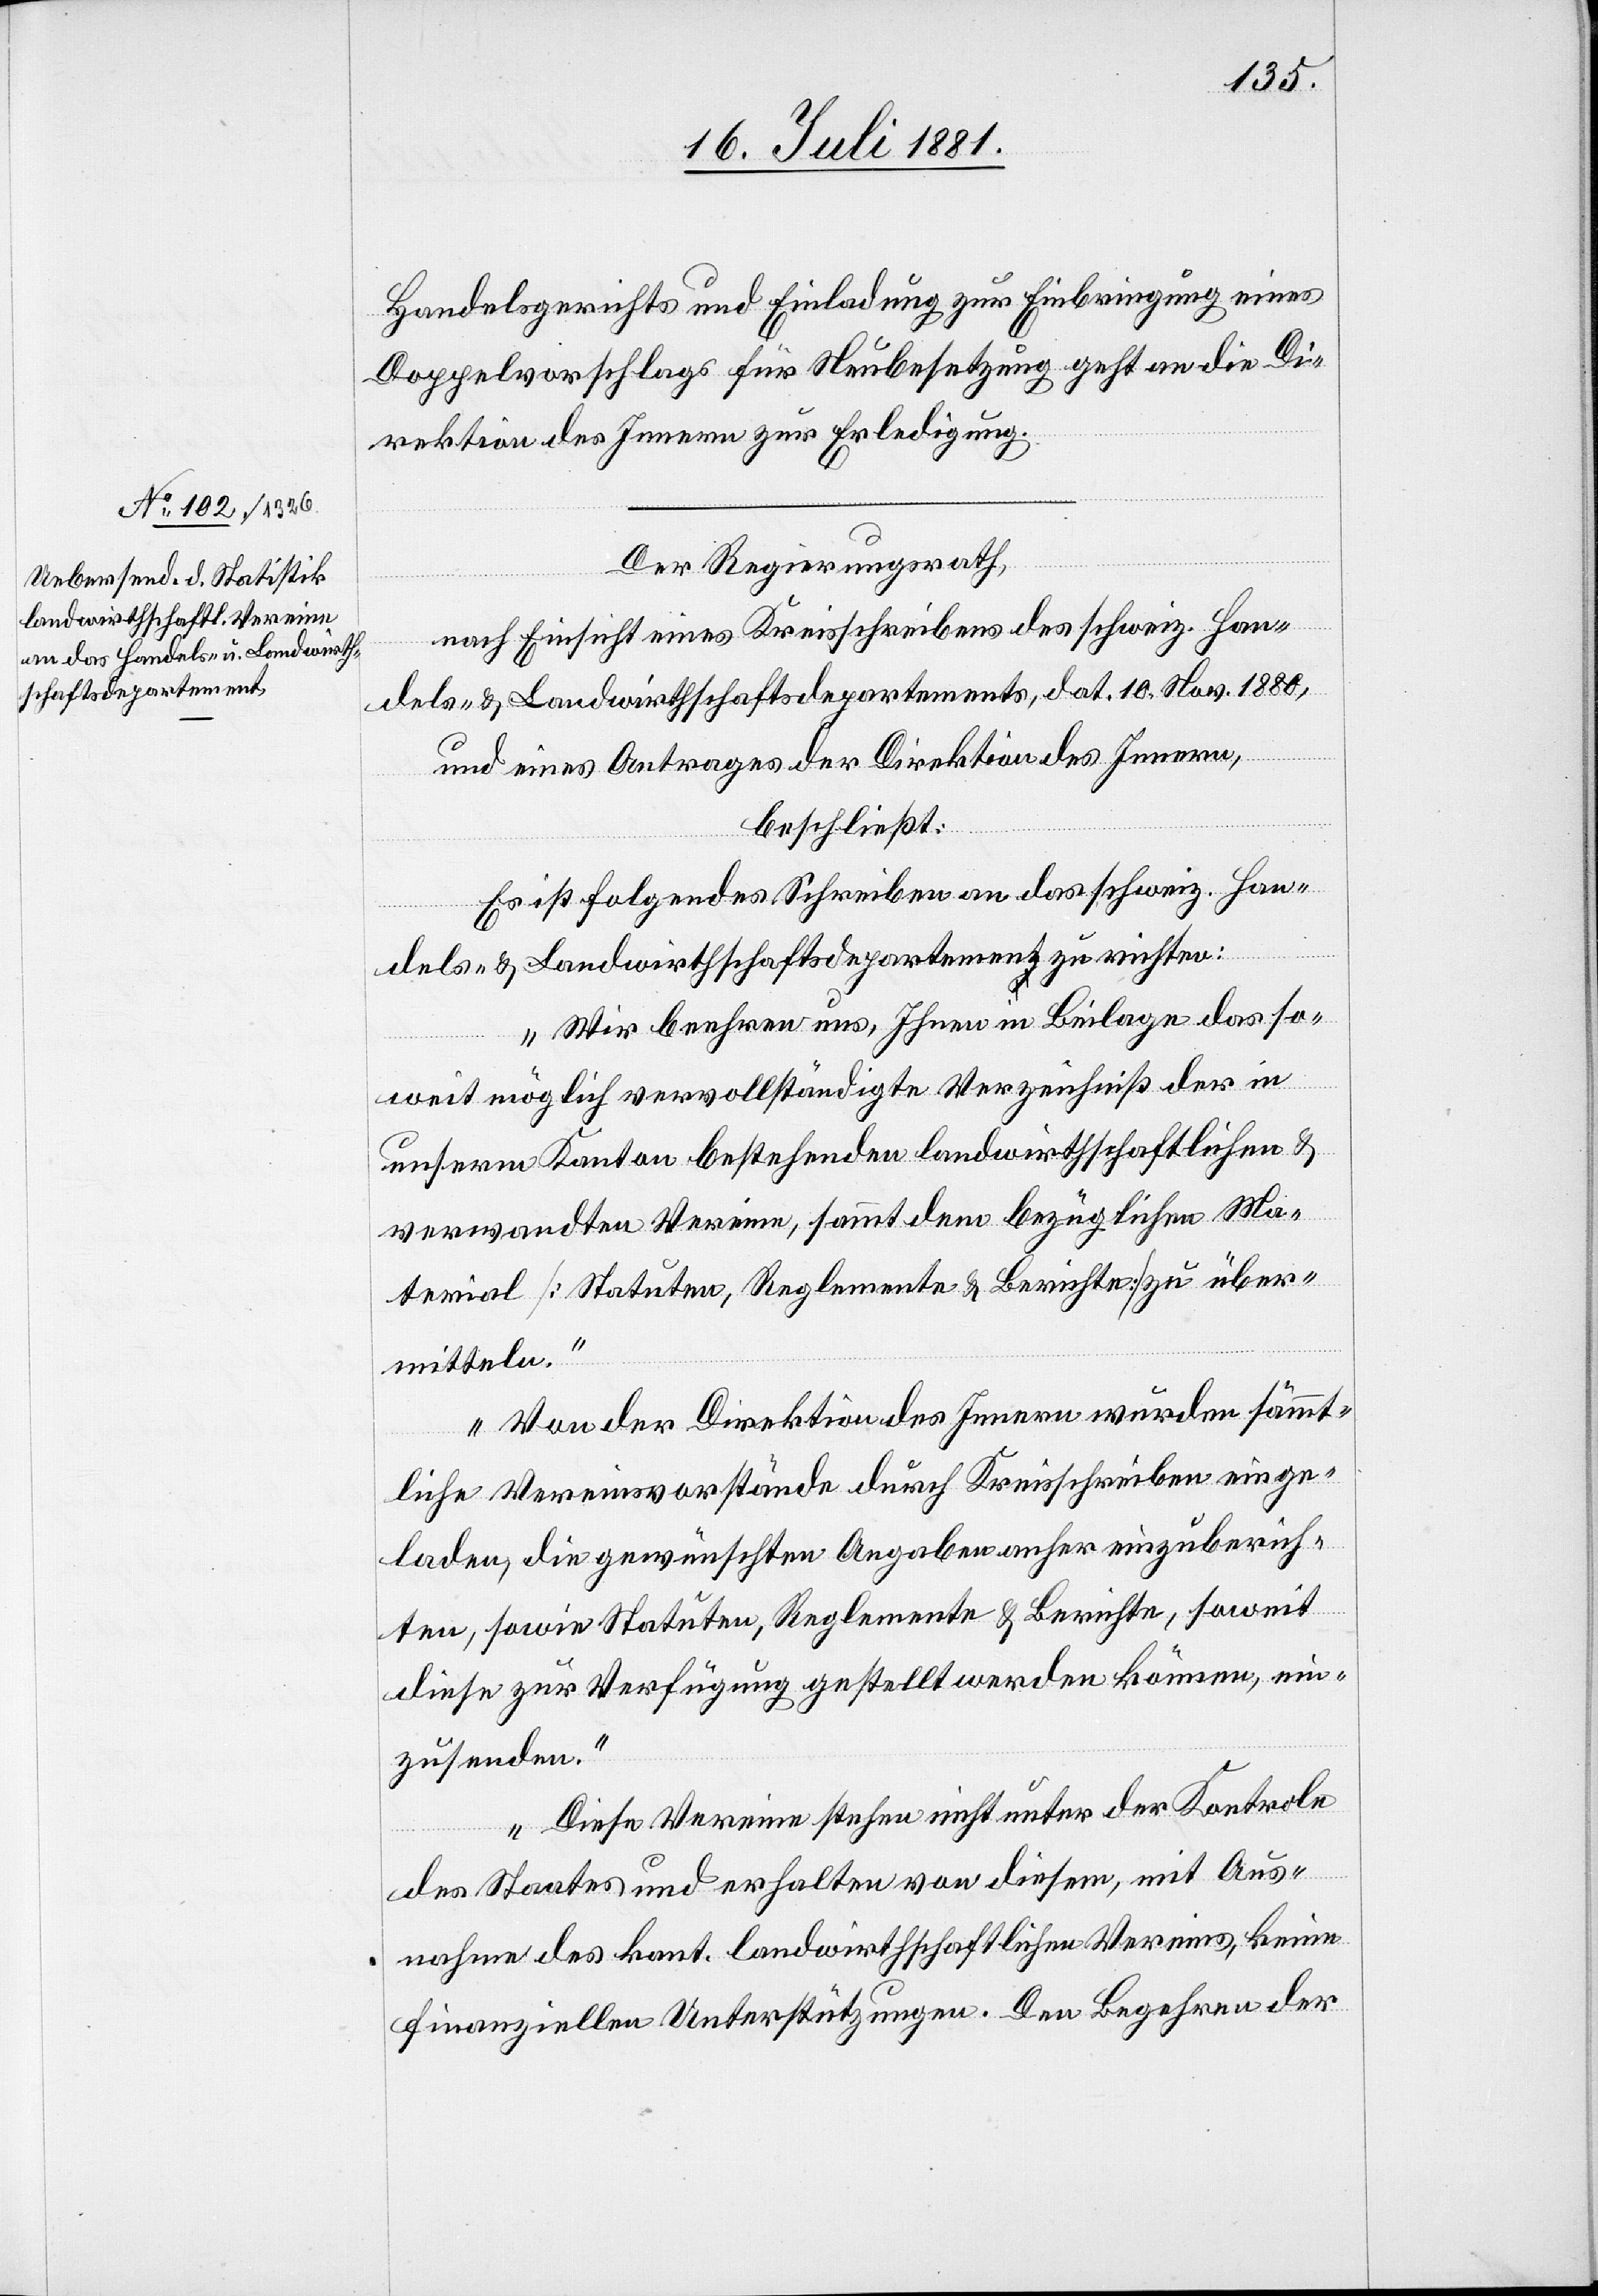
Handelsgerichtes und Einladung zur Einbringung eines
Doppelvorschlags für Neubesetzung geht an die Di¬
rektion des Innern zur Erledigung.
Der Regierungsrath,
nach Einsicht eines Kreisschreibens des schweiz. Han¬
dels- & Landwirtschaftsdepartements, dat. 10. Nov. 1880,
und eines Antrages der Direktion des Innern,
beschließt:
Es ist folgendes Schreiben an das schweiz. Han¬
dels- & Landwirtschaftsdepartement zu richten:
„Wir beehren uns, Ihnen in Beilage das so¬
weit möglich vervollständigte Verzeichniß der in
unserem Kanton bestehenden landwirtschaftlichen &
verwandten Vereine, sammt dem bezüglichen Ma¬
terial [Statuten, Reglemente & Berichte] zu über¬
mitteln.
Von der Direktion des Innern wurden sämmt¬
liche Vereinsvorstände durch Kreisschreiben einge¬
laden, die gewünschten Angaben anher einzuberich¬
ten, sowie Statuten, Reglemente & Berichte, soweit
diese zur Verfügung gestellt werden können, ein¬
zusenden.
Diese Vereine stehen nicht unter der Kontrole
des Staates und erhalten von diesem, mit Aus¬
nahme des kant kandwirtschaftlichen Vereins, keine
finanziellen Unterstützungen. Den Begehren der